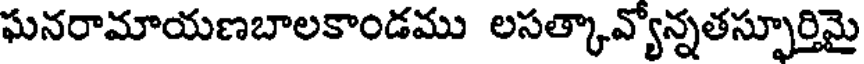
ఘనరామాయణబాలకాండము లసత్కావ్యోన్నతస్పూర్తిమై